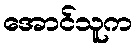
အောင်သူက